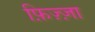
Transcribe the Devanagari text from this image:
फ़िज़्ज़ा